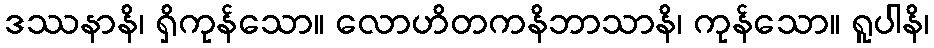
ဒဿနာနိ၊ ရှိကုန်သော။ လောဟိတကနိဘာသာနိ၊ ကုန်သော။ ရူပါနိ၊